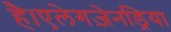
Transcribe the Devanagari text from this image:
है।एलेगज़ेनड्रिया